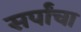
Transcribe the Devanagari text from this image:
सर्पांचा